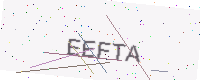
Text: EEFTA